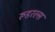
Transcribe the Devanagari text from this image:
रूडरल्स